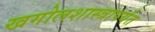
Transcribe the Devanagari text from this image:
खगोलशास्त्रापर्यंत